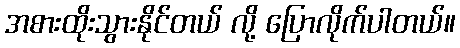
အစားထိုးသွားနိုင်တယ် လို့ ပြောလိုက်ပါတယ်။